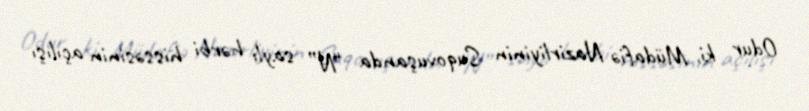
Odur ki, Müdafiə Nazirliyinin Suqovuşanda “N” saylı hərbi hissəsinin açılışı